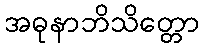
အဓုနာဘိသိတ္တော